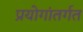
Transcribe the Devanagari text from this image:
प्रयोगांतर्गत